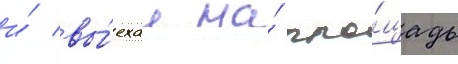
и́ вы́ехал на́ пло́щадь